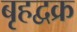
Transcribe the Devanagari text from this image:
बृहद्वक्र